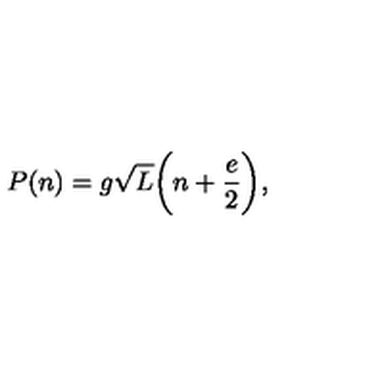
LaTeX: P ( n ) = g \sqrt L \bigg ( n + \frac { e } { 2 } \bigg ) ,